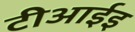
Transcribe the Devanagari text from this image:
टीआईइ